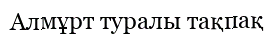
Алмұрт туралы тақпақ